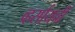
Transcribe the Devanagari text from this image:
व्हर्सायची